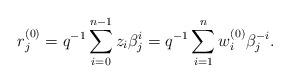
LaTeX: \begin{align*}r_j^{(0)}=q^{-1}\sum_{i=0}^{n-1} z_i \beta^{i}_j=q^{-1}\sum_{i=1}^n w^{(0)}_i \beta^{-i}_j.\end{align*}